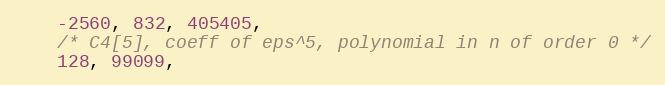
Language: C
    -2560, 832, 405405,
    /* C4[5], coeff of eps^5, polynomial in n of order 0 */
    128, 99099,